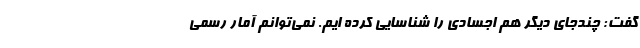
گفت: چندجای دیگر هم اجسادی را شناسایی کرده ایم. نمی‌توانم آمار رسمی